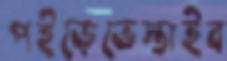
পইড়েভেস্তাইব